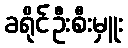
ခရိုင်ဦးစီးမှူး